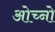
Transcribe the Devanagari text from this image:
ओच्नो